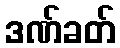
ဒဏ်ခတ်